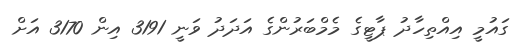
ގައުމީ އިއްތިހާދު ޕާޓީގެ މެމްބަރުންގެ އަދަދު ވަނީ 3191 އިން 3170 އަށް